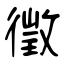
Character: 徵